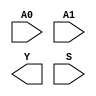
module sky130_fd_sc_hs__mux2i (
    //# {{data|Data Signals}}
    input  A0,
    input  A1,
    output Y ,

    //# {{control|Control Signals}}
    input  S
);

    // Voltage supply signals
    supply1 VPWR;
    supply0 VGND;

endmodule